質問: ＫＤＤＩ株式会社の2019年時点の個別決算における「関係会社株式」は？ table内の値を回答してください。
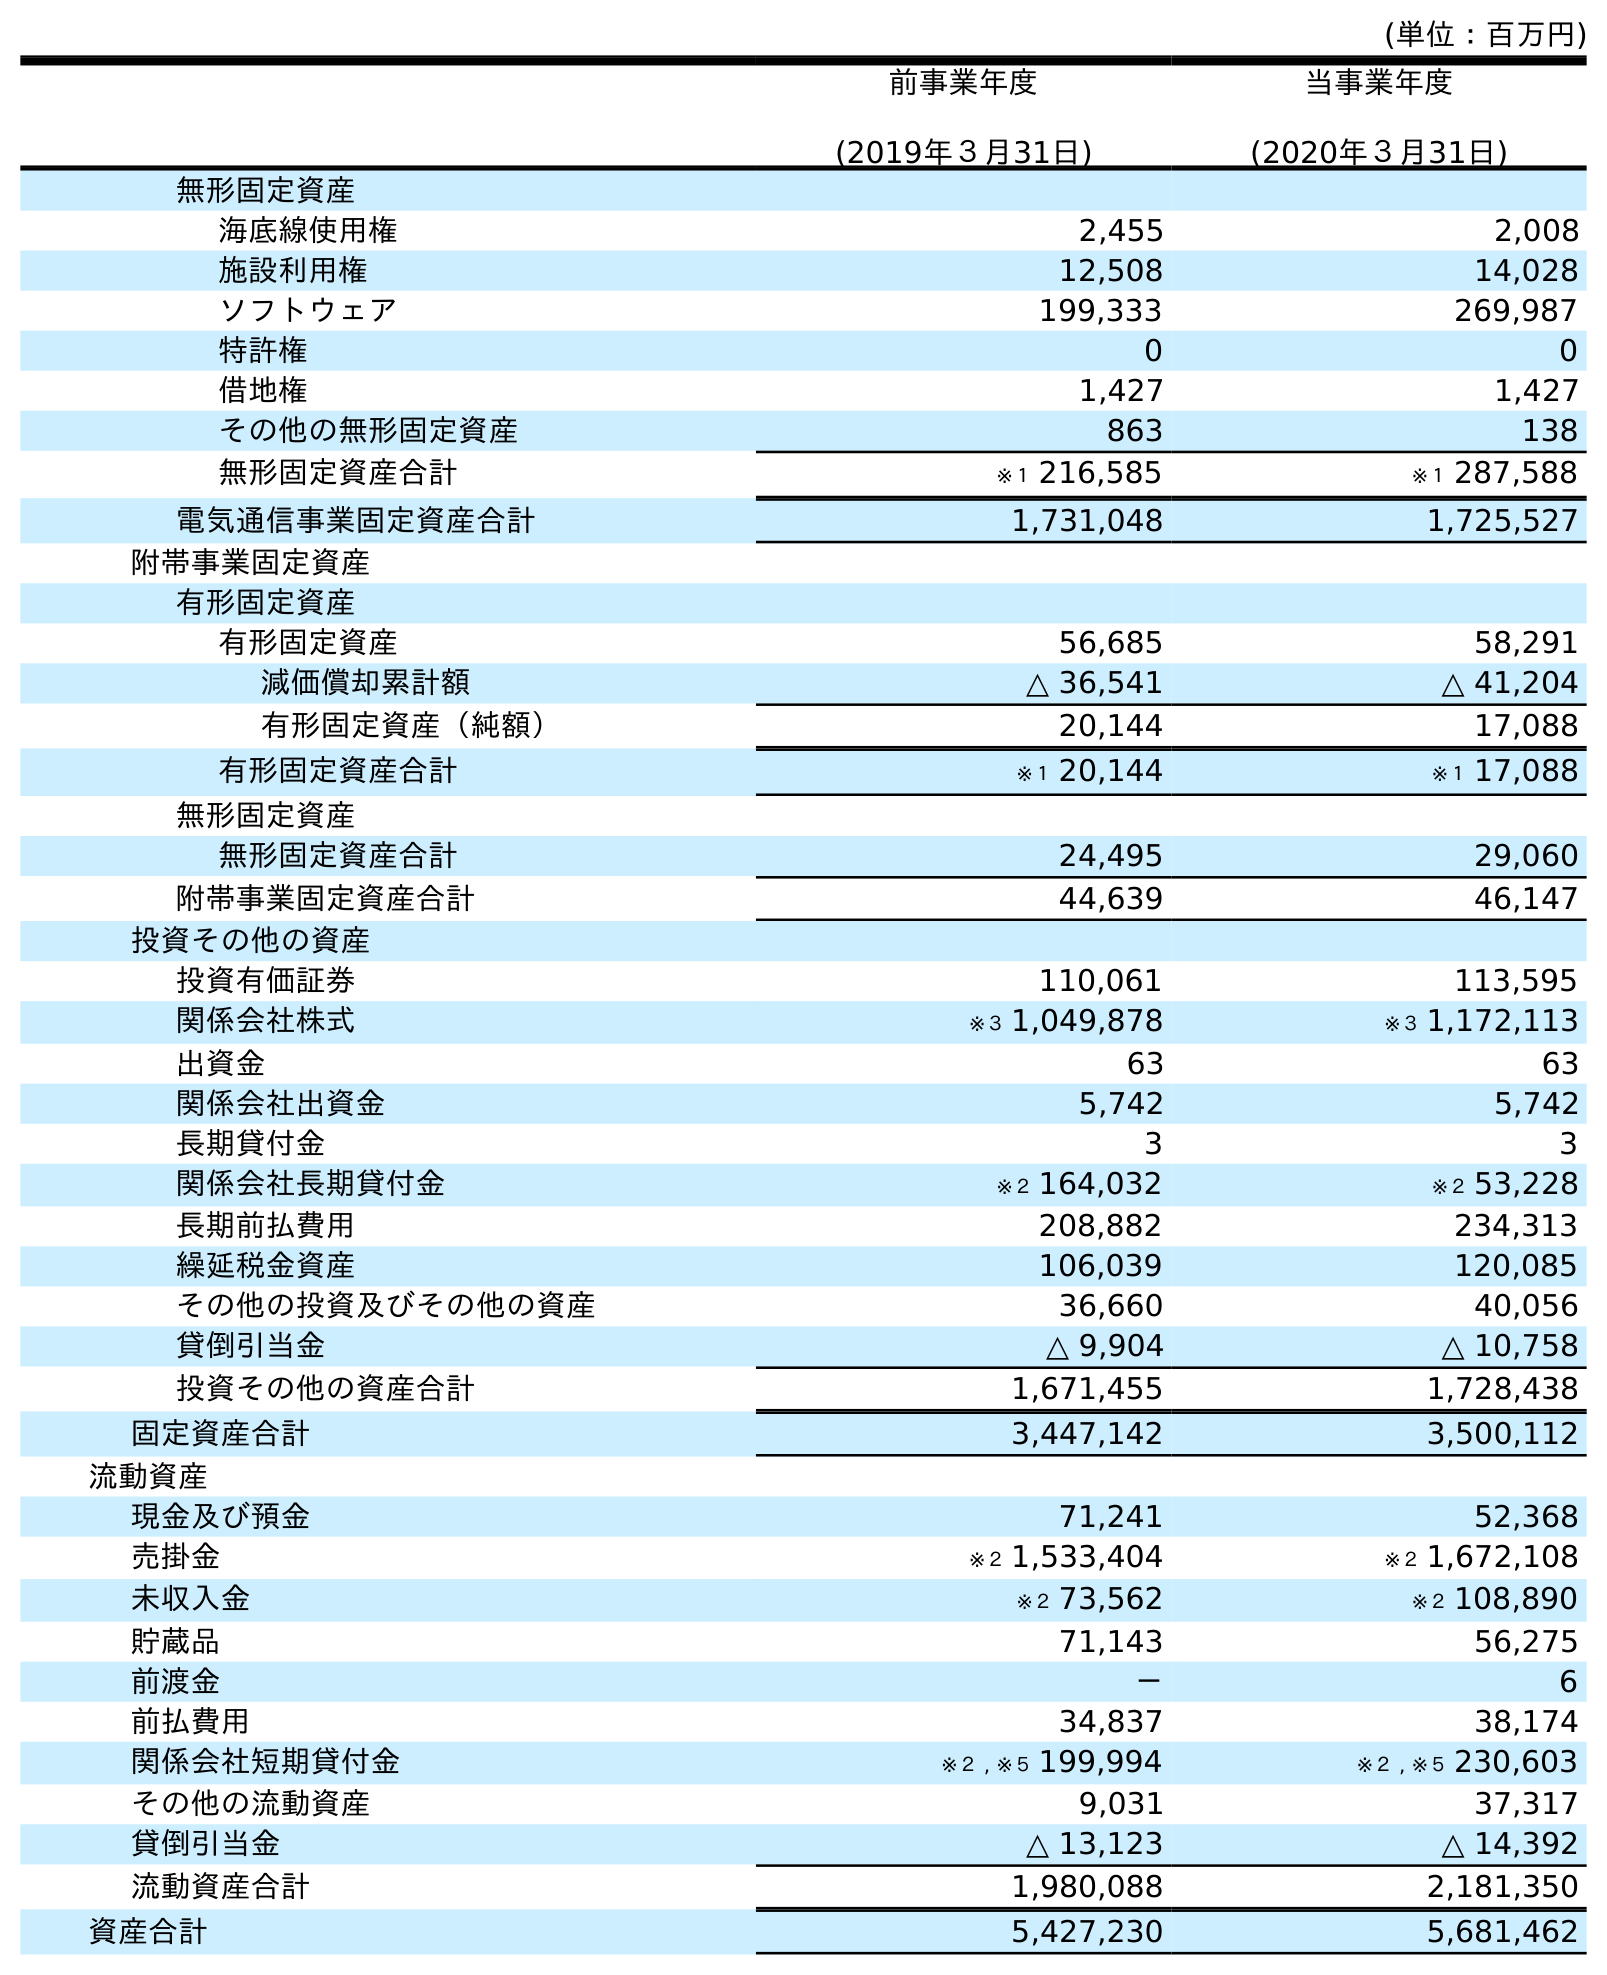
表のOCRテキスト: (単位：百万円) 前事業年度 (2019年３月31日) 当事業年度 (2020年３月31日) 無形固定資産 海底線使用権 2,455 2,008 施設利用権 12,508 14,028 ソフトウェア 199,333 269,987 特許権 0 0 借地権 1,427 1,427 その他の無形固定資産 863 138 無形固定資産合計 ※１ 216,585 ※１ 287,588 電気通信事業固定資産合計 1,731,048 1,725,527 附帯事業固定資産 有形固定資産 有形固定資産 56,685 58,291 減価償却累計額 △ 36,541 △ 41,204 有形固定資産（純額） 20,144 17,088 有形固定資産合計 ※１ 20,144 ※１ 17,088 無形固定資産 無形固定資産合計 24,495 29,060 附帯事業固定資産合計 44,639 46,147 投資その他の資産 投資有価証券 110,061 113,595 関係会社株式 ※３ 1,049,878 ※３ 1,172,113 出資金 63 63 関係会社出資金 5,742 5,742 長期貸付金 3 3 関係会社長期貸付金 ※２ 164,032 ※２ 53,228 長期前払費用 208,882 234,313 繰延税金資産 106,039 120,085 その他の投資及びその他の資産 36,660 40,056 貸倒引当金 △ 9,904 △ 10,758 投資その他の資産合計 1,671,455 1,728,438 固定資産合計 3,447,142 3,500,112 流動資産 現金及び預金 71,241 52,368 売掛金 ※２ 1,533,404 ※２ 1,672,108 未収入金 ※２ 73,562 ※２ 108,890 貯蔵品 71,143 56,275 前渡金 － 6 前払費用 34,837 38,174 関係会社短期貸付金 ※２ , ※５ 199,994 ※２ , ※５ 230,603 その他の流動資産 9,031 37,317 貸倒引当金 △ 13,123 △ 14,392 流動資産合計 1,980,088 2,181,350 資産合計 5,427,230 5,681,462
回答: ※３1,049,878